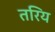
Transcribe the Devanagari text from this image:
तरिय